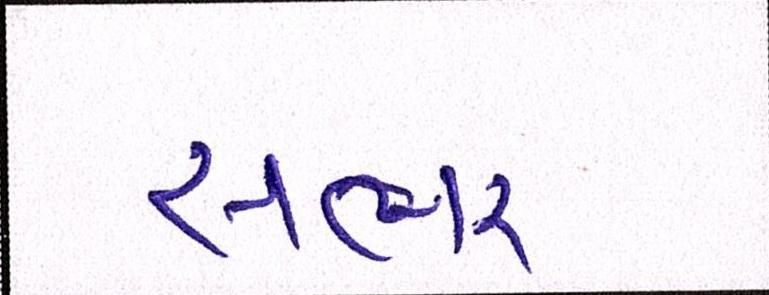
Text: સભર